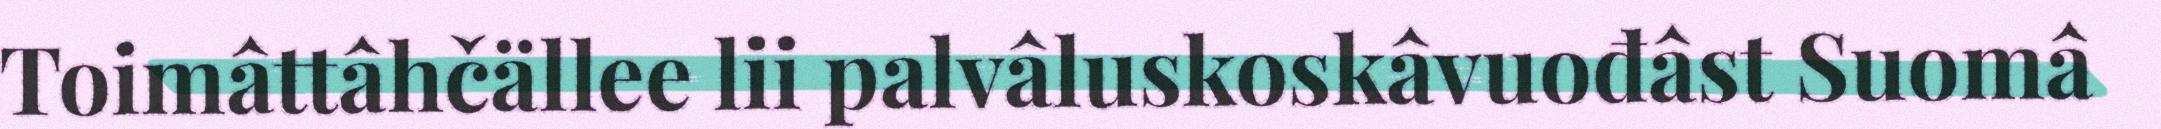
Toimâttâhčällee lii palvâluskoskâvuođâst Suomâ